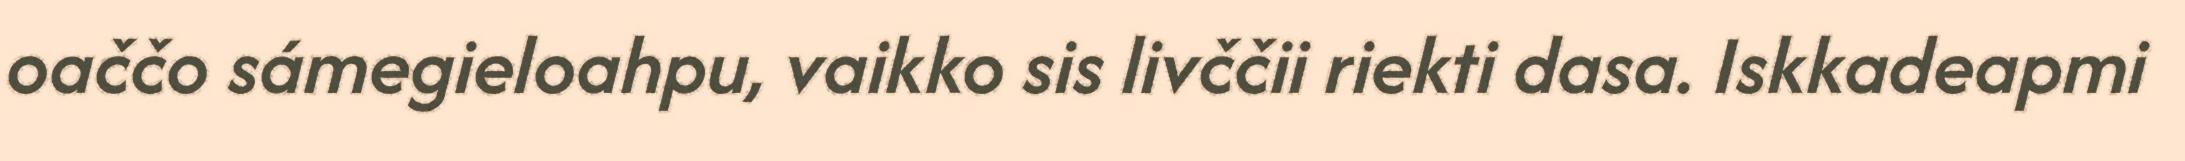
oaččo sámegieloahpu, vaikko sis livččii riekti dasa. Iskkadeapmi